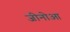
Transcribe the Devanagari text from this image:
जीनोआ